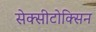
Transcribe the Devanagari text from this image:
सेक्सीटोक्सिन